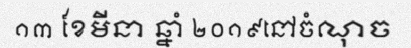
១៣ ខែមីនា ឆ្នាំ ២០១៩នៅចំណុច